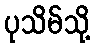
ပုသိမ်သို့